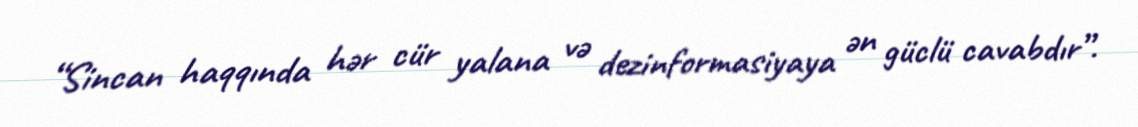
“Sincan haqqında hər cür yalana və dezinformasiyaya ən güclü cavabdır”.